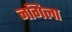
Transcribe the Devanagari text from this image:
नगिला